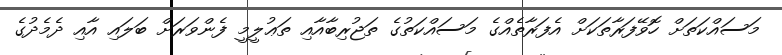
މަސައްކަތަށް ހޮވޭފަރާތަކަށް އެފަރާތެއްގެ މަސައްކަތުގެ ތަޖުރިބާއާއި ތަޢުލީމީ ފެންވަރަށް ބަލައި އާއި ދެމެދުގެ